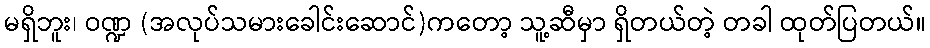
မရှိဘူး၊ ဝဏ္ဍ (အလုပ်သမားခေါင်းဆောင်)ကတော့ သူ့ဆီမှာ ရှိတယ်တဲ့ တခါ ထုတ်ပြတယ်။